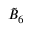
{ \tilde { B } } _ { 6 }